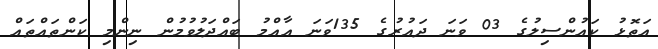
އަތޮޅު ކައުންސިލުގެ 03 ވަނަ ދައުރުގެ 135ވަނަ އާއްމު ބައްދަލުވުމުން ނިންމި ކަންތައްތައް